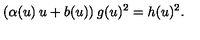
( \alpha ( u ) \: u + b ( u ) ) \: g ( u ) ^ { 2 } = h ( u ) ^ { 2 } .